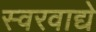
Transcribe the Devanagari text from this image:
स्वरवाद्ये